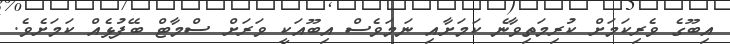
އިބޫގެ ވެރިކަމަށް ކުރިމަތިވާނެ ކަމަށާއި ނަމަވެސް އިބޫއަކީ ވަރަށް ސްމާޓް ބޭފުޅެއް ކަމަށެވެ.